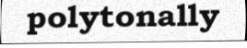
polytonally